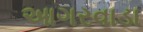
આગરવાડા